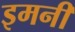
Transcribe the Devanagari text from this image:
इमनी